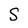
Character: S